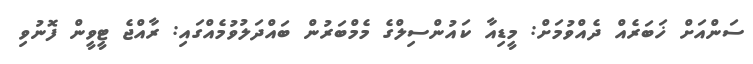
ސަންއަށް ޚަބަރެއް ދެއްވުމަށް: މީޑިއާ ކައުންސިލްގެ މެމްބަރުން ބައްދަލުވުމެއްގައި: ރާއްޖެ ޓީވީން ފޮނުވި